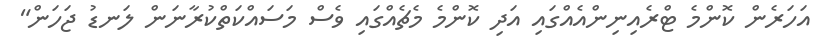
އަހަރެން ކޮންމެ ޓްރެއިނިންއެއްގައި އަދި ކޮންމެ މެޗެއްގައި ވެސް މަސައްކަތްކުރާނަން ލަނޑު ޖަހަން"